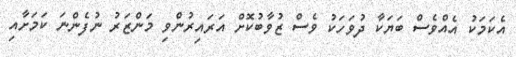
އެކަމަކު އެއްވެސް ބަޔަކާ ދުވަހަކު ވެސް ޒުވާބުކޮށް އަރައިރުންވި މަންޒަރު ނުފެންނަ ކަމަށާއި